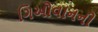
ગિઓવાનની